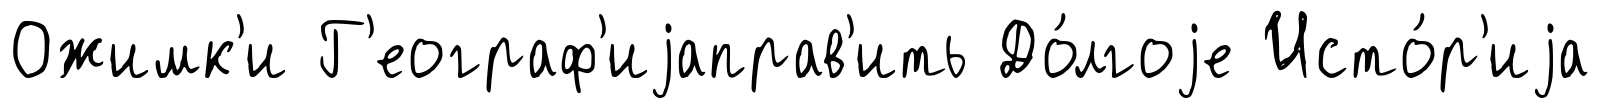
Ожимк'и Г'еограф'иjаправ'ить До́лгоjе Исто́р'иjа